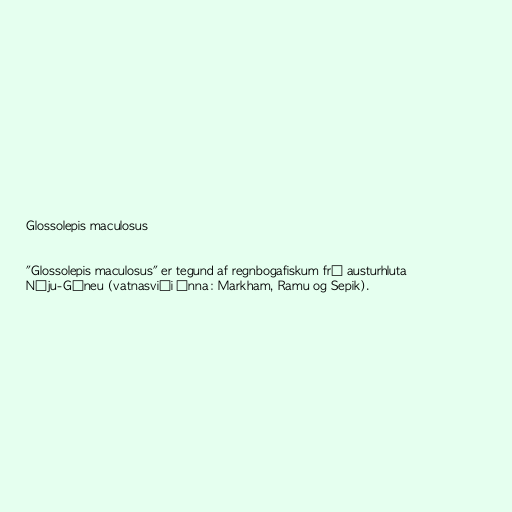
Glossolepis maculosus

"Glossolepis maculosus" er tegund af regnbogafiskum frá austurhluta
Nýju-Gíneu (vatnasviði ánna: Markham, Ramu og Sepik).